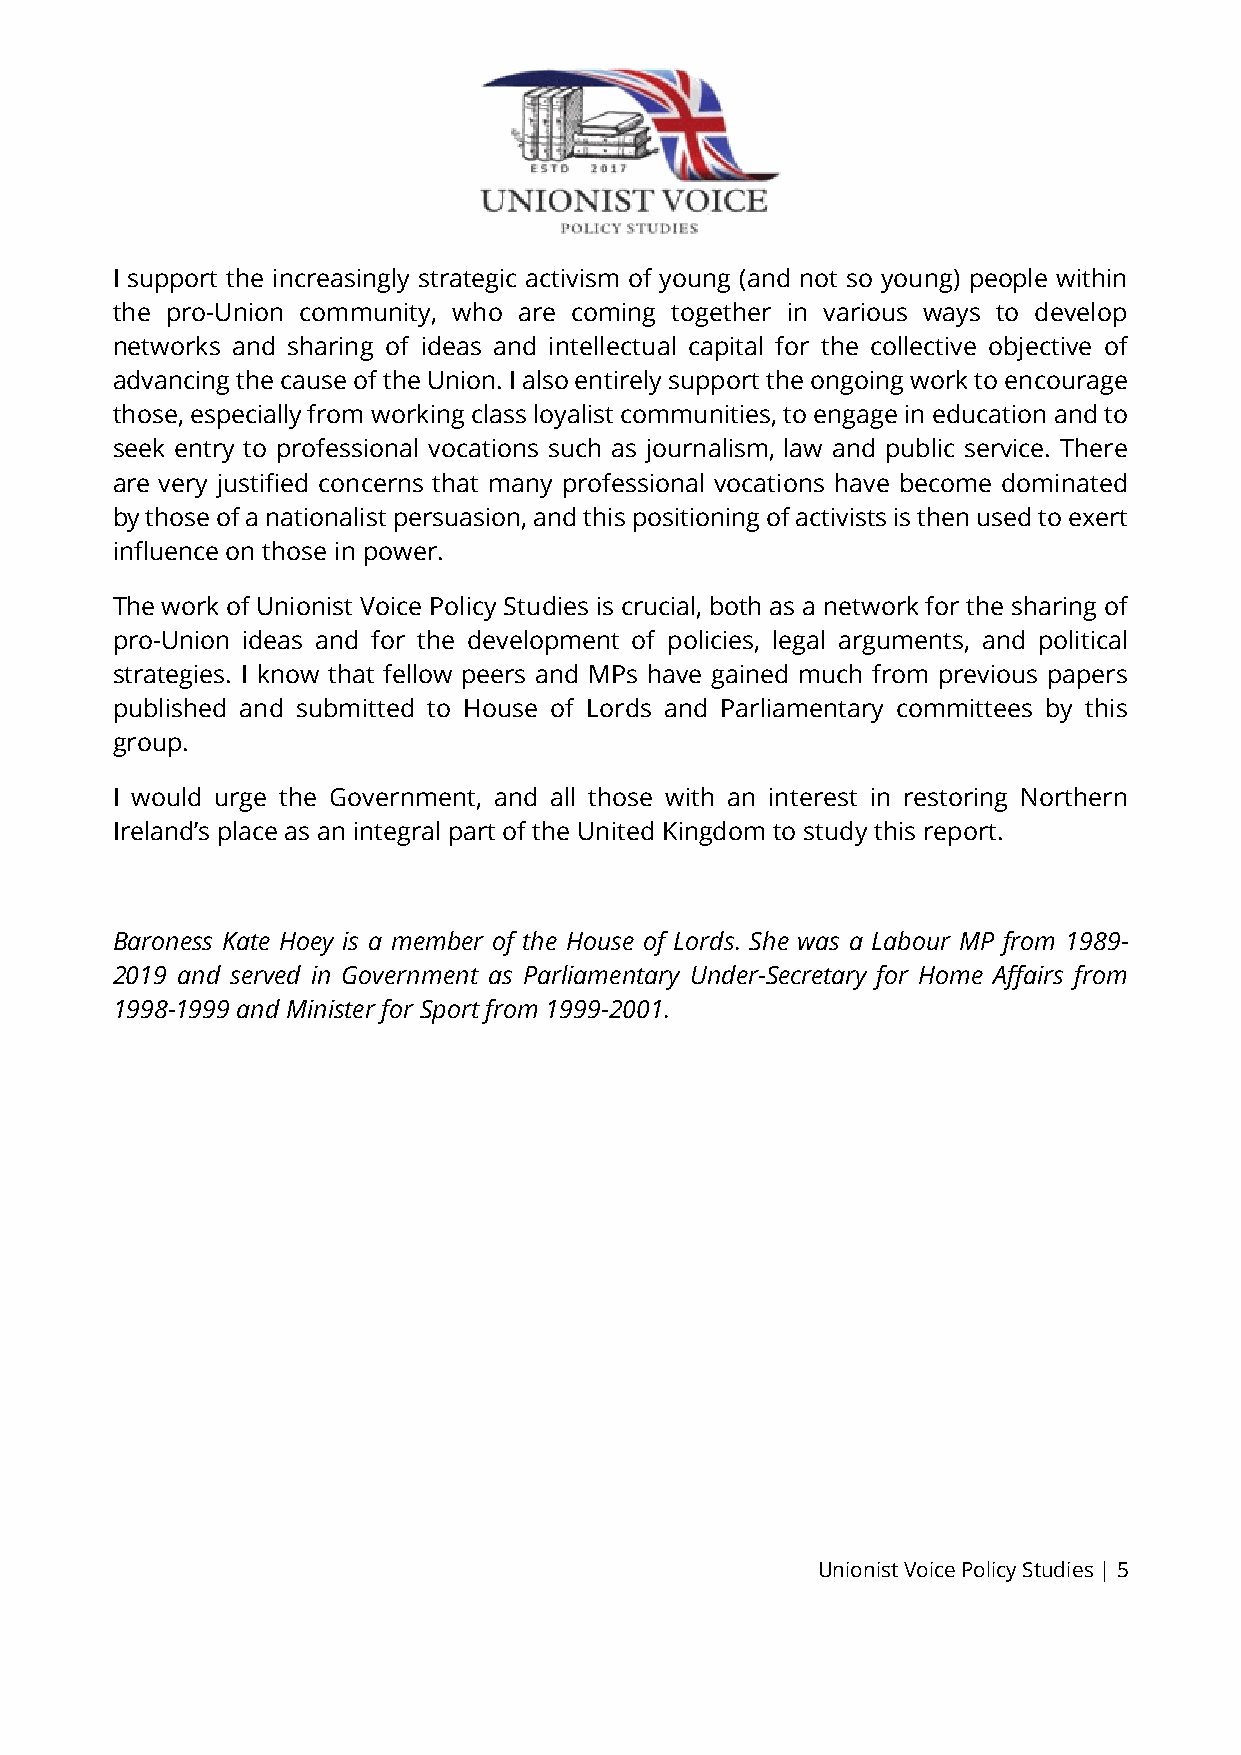
I support the increasingly strategic activism of young (and not so young) people within
 the pro-Union community, who are coming together in various ways to develop
 networks and sharing of ideas and intellectual capital for the collective objective of
 advancing the cause of the Union. I also entirely support the ongoing work to encourage
 those, especially from working class loyalist communities, to engage in education and to
 seek entry to professional vocations such as journalism, law and public service. There
 are very justified concerns that many professional vocations have become dominated
 by those of a nationalist persuasion, and this positioning of activists is then used to exert
 influence on those in power.
 The work of Unionist Voice Policy Studies is crucial, both as a network for the sharing of
 pro-Union ideas and for the development of policies, legal arguments, and political
 strategies. I know that fellow peers and MPs have gained much from previous papers
 published and submitted to House of Lords and Parliamentary committees by this
 group.
 I would urge the Government, and all those with an interest in restoring Northern
 Ireland’s place as an integral part of the United Kingdom to study this report.
 Baroness Kate Hoey is a member of the House of Lords. She was a Labour MP from 1989-
 2019 and served in Government as Parliamentary Under-Secretary for Home Affairs from
 1998-1999 and Minister for Sport from 1999-2001.
 Unionist Voice Policy Studies | 5